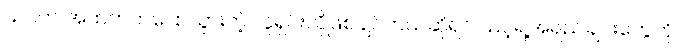
သင်က အထက်ကပြောသွားတဲ့ လူရှင်းလိုဖြစ်ချင်တယ်ဆိုရင် သင့်ရဲ့အရည်ချင်းတွေကို